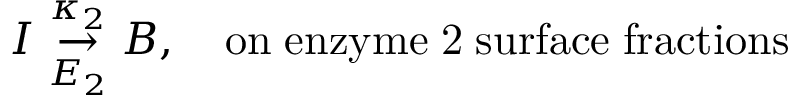
I \underset { E _ { 2 } } { \stackrel { \kappa _ { 2 } } { \rightarrow } } B , \quad \mathrm { o n \; e n z y m e \; 2 \; s u r f a c e \; f r a c t i o n s }